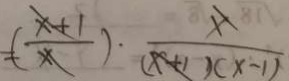
= ( \frac { x + 1 } { x } ) \cdot \frac { x } { ( x + 1 ) ( x - 1 ) }